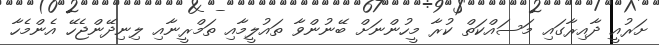
ށަރުއީ ދާއިރާގައި މަސައްކަތް ކުރާ މީހުންނަށް ބޭނުންވާ ތައުލީމާއި ތަމްރީނާއި ލިނިދޭންޖެހޭ އެންމެހާ